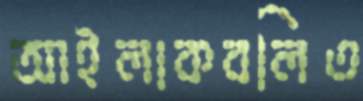
আইলাকবলিত